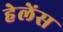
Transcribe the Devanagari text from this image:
हेलेंस